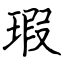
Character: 瑕